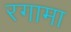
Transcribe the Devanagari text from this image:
रगामा